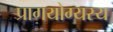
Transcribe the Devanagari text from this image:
प्रागयोग्यस्य